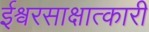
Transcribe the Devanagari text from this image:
ईश्वरसाक्षात्कारी